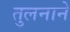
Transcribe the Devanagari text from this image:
तुलनाने